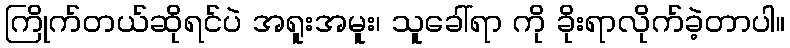
ကြိုက်တယ်ဆိုရင်ပဲ အရူးအမူး၊ သူခေါ်ရာ ကို ခိုးရာလိုက်ခဲ့တာပါ။